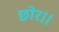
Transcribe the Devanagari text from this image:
छोर।।